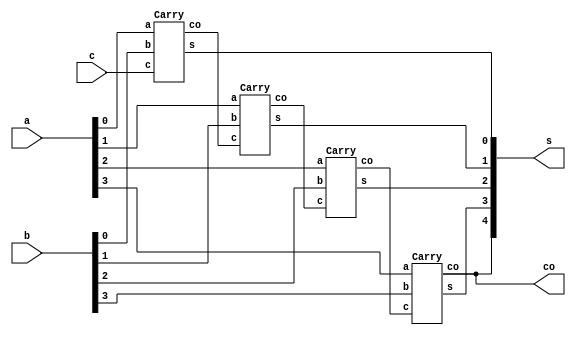
module CLA(a,b,c,s,co);
	input [3:0] a,b;
	input [0:0] c;
	output [4:0] s;
	output [0:0] co;
	wire [0:0] cx0, cx1, cx2;
	Carry c1(.a(a[0:0]), .b(b[0:0]), .c(c[0:0]), .s(s[0:0]), .co(cx0[0:0]));
	Carry c2(.a(a[1:1]), .b(b[1:1]), .c(cx0[0:0]), .s(s[1:1]), .co(cx1[0:0]));
	Carry c3(.a(a[2:2]), .b(b[2:2]), .c(cx1[0:0]), .s(s[2:2]), .co(cx2[0:0]));
	Carry c4(.a(a[3:3]), .b(b[3:3]), .c(cx2[0:0]), .s(s[3:3]), .co(s[4:4]));
	assign co[0:0] = s[4:4];
endmodule

module Oracle(a,k,enca);
	input [3:0] a;
	input [3:0] k;
	output [3:0] enca;
	assign enca[3:0] = a[3:0] ^ k[3:0];
endmodule

module Carry(a,b,c,s,co);
	input [0:0] a;
	input [0:0] b;
	input [0:0] c;
	output [0:0] s;
	output [0:0] co;
	wire [0:0] out1, out2, out3, out4;
	assign out1 = a & b;
	assign out2 = a ^ b;
	assign out3 = out2 & c;
	assign co = out3 | out1;
	assign out4 = a ^ b;
	assign s = out4 ^ c;
endmodule

 module FullAdder;
	reg [3:0] a;
	reg [3:0] b;
	reg [0:0] c;
	reg [3:0] k;
	wire [3:0] enca;
	wire [4:0] s;
	wire [0:0] co;
	Oracle ora (.a(a), .k(k), .enca(enca));
	CLA cla (.a(enca), .b(b), .c(c), .s(s), .co(co));
	initial begin
	k='b1010;
  	a=5;
  	b=14;
  	c=0;
  	$dumpfile(" 16.vcd");
	$dumpvars;
	end
endmodule